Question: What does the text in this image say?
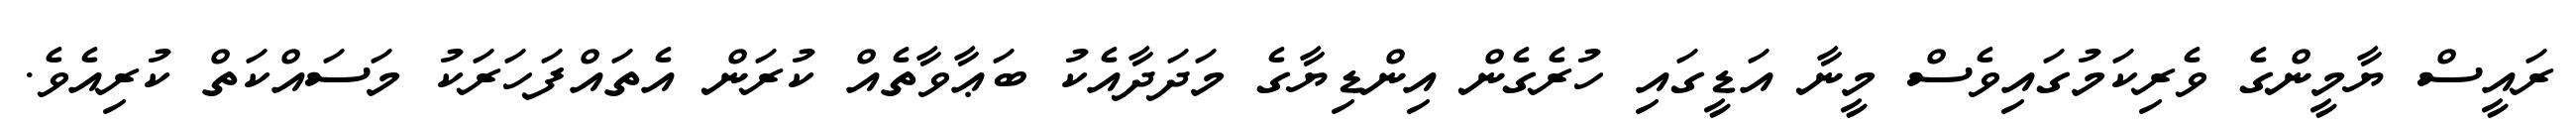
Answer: ރައީސް ޔާމީންގެ ވެރިކަމުގައިވެސް މީނާ އަޑީގައި ހުރެގެން އިންޑިޔާގެ މަދަދާއެކު ބަޢާވާތެއް ކުރަން އެތައްފަހަރަކު މަސައްކަތް ކުރިއެވެ.